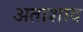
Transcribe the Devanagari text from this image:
अताशाद